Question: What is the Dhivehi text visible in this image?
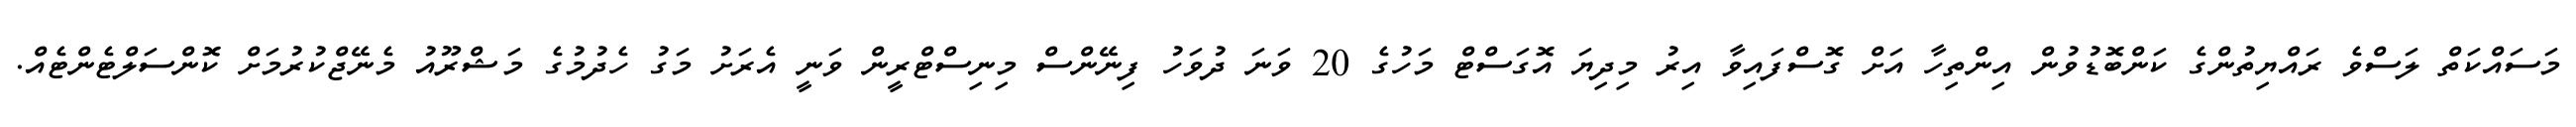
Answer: މަސައްކަތް ލަސްވެ ރައްޔިތުންގެ ކަންބޮޑުވުން އިންތިހާ އަށް ގޮސްފައިވާ އިރު މިދިޔަ އޮގަސްޓް މަހުގެ 20 ވަނަ ދުވަހު ފިނޭންސް މިނިސްޓްރީން ވަނީ އެރަށު މަގު ހެދުމުގެ މަޝްރޫއު މެނޭޖްކުރުމަށް ކޮންސަލްޓެންޓެއް.